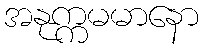
အနုက္ကမမာနော